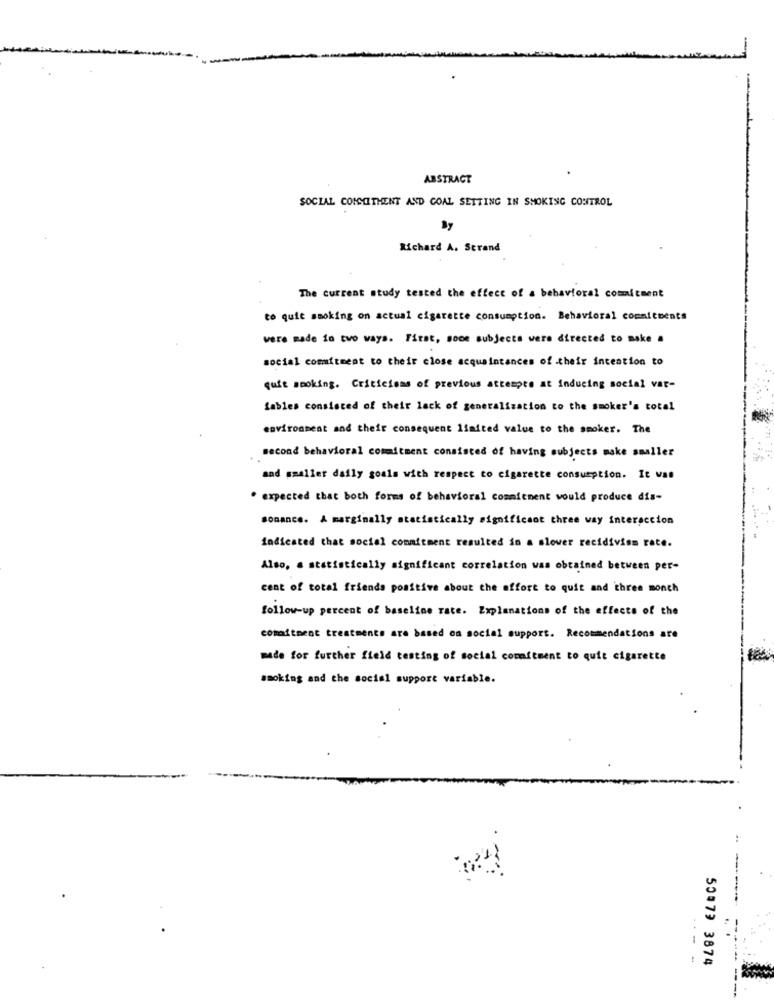
ABSTRACT
SOCIAL COMMITMENT AND GOAL SETTING IN SMOKING CONTROL
By
Richard A. Strand
The current study tested the effect of a behavioral commitment
to quit smoking on actual cigarette consumption. Behavioral commitments
were made in two ways. First, some subjects were directed to make a
social commitment to their close acquaintances of their intention to
quit smoking. Criticisms of previous attempts at inducing social var-
Lables consisted of their lack of generalization to the smoker's total
environment and their consequent limited value to the smoker. The
second behavioral commitment consisted of having subjects make smaller
and smaller daily goals with respect to cigarette consumption. It was
. expected that both forms of behavioral commitment would produce dis-
sonance. A marginally statistically significant three way interaccion
indicated that social commitment resulted in a slower recidiviss rate.
Also, a statistically significant correlation was obtained between per-
cent of total friends positive about the effort to quit and three month
follow-up percent of baseline rate. Explanations of the effects of the
commitment treatments are based on social support. Recommendations are
made for further field testing of social commitment to quit cigarette
smoking and the social support variable.
-- -
50073 3874